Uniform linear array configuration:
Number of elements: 16
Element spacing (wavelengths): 0.25
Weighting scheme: cosine
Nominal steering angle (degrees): -15
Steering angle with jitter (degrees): -16.899
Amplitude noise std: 0.05
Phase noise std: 0.05

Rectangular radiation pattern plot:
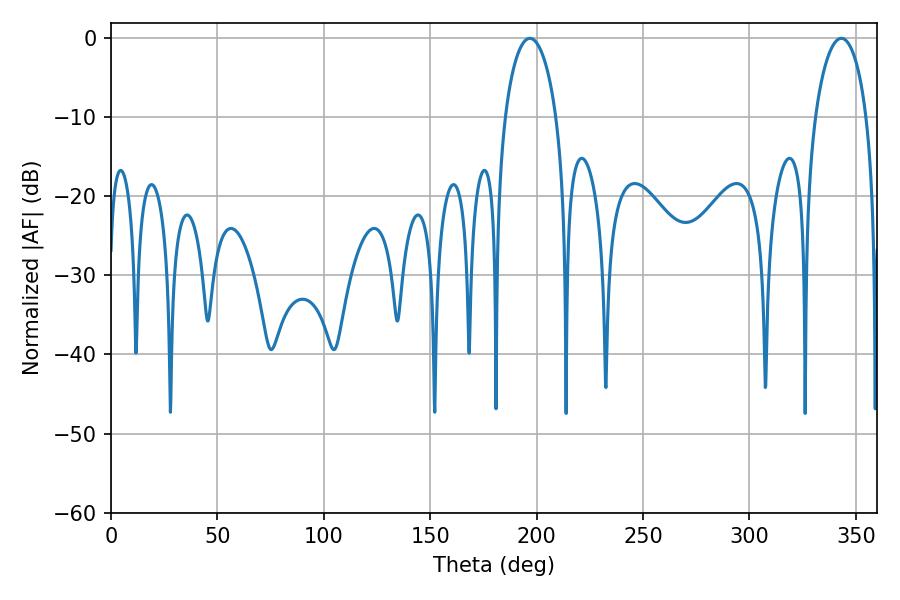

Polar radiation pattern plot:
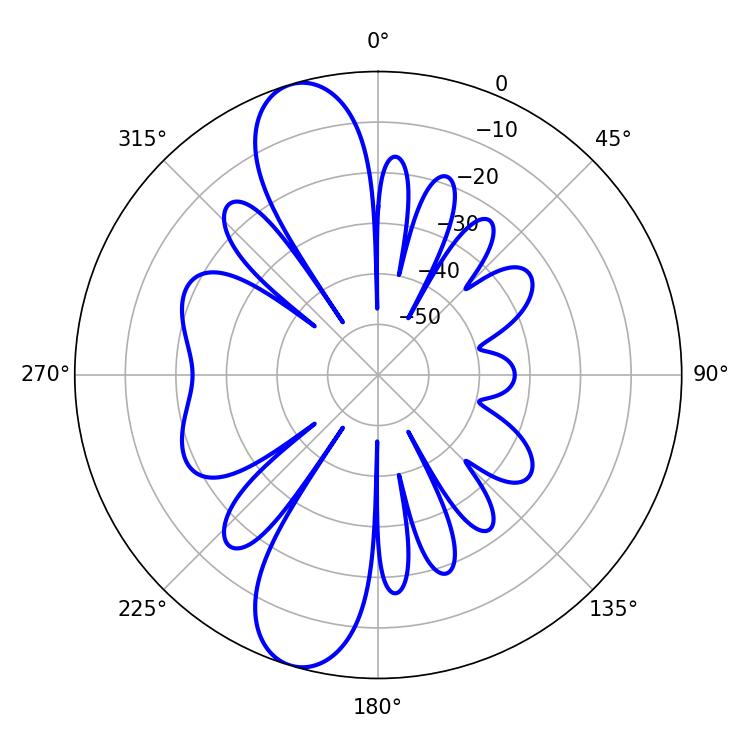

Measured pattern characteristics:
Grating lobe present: FALSE
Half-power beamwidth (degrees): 13.68
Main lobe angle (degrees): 196.74